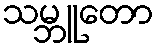
သမ္ဘူတော